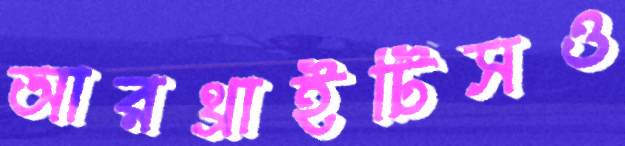
আরথ্রাইটিসও